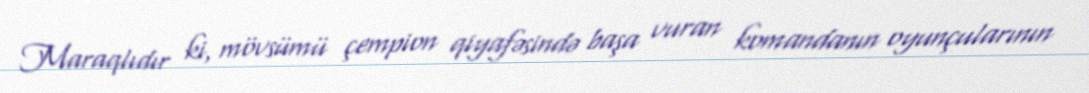
Maraqlıdır ki, mövsümü çempion qiyafəsində başa vuran komandanın oyunçularının